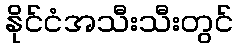
နိုင်ငံအသီးသီးတွင်